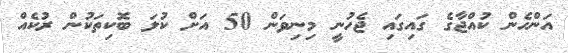
އަންހެން ކުއްޖާގެ ގައިގައި ޖެހުނީ މިނިވަން 50 އަށް ކުލަ ބޮކިތަކުން ރުކެއް